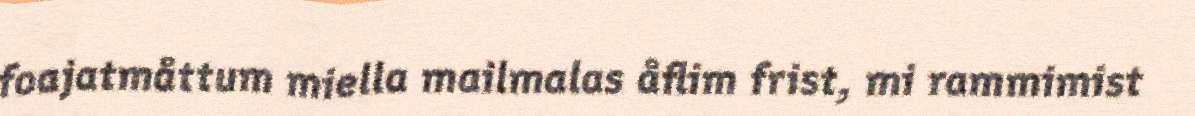
foajatmåttum miella mailmalas åflim frist, mi rammimist